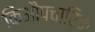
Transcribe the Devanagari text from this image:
किऔपचारिक